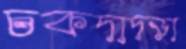
চকদাদড়া